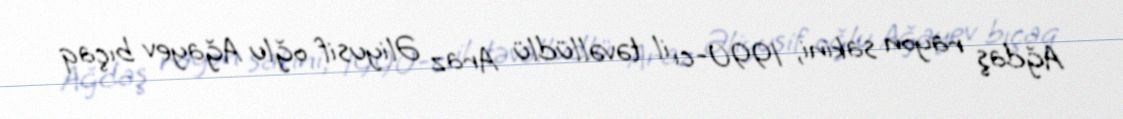
Ağdaş rayon sakini, 1990-cı il təvəllüdlü Araz Əliyusif oğlu Ağayev bıçaq